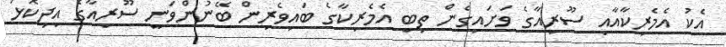
އެކު އެމެރިކާއާއި ސޫރިއާގެ ވަށައިގެން ތިބި އެމެރިކާގެ ބައިވެރިން ބޭނުންވަނީ ސޫރިއާގެ އިދިކޮޅު